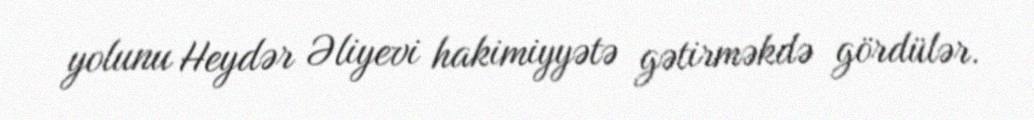
yolunu Heydər Əliyevi hakimiyyətə gətirməkdə gördülər.